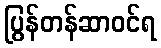
ပြွန်တန်ဆာဝင်ရ